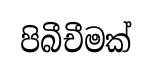
පිබීචීමක්